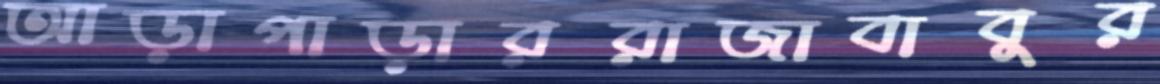
আড়াপাড়াররাজাবাবুর